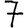
Digit: 7